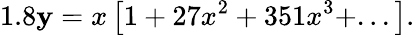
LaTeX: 1.8\mathbf{y}=x\left[1+27x^{2}+351x^{3}+...\right].